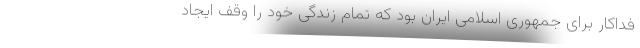
فداکار برای جمهوری اسلامی ایران بود که تمام زندگی خود را وقف ایجاد